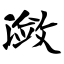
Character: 潋